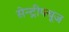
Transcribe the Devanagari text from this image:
सेन्ट्रीफ्यूज